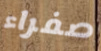
صفراء